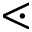
\lessdot